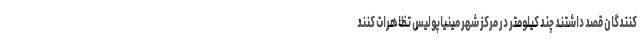
کنندگان قصد داشتند چند کیلومتر در مرکز شهر مینیاپولیس تظاهرات کنند